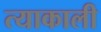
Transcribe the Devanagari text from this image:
त्याकाली